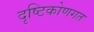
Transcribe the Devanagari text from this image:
दृष्टिकोणगत